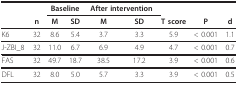
|  |  | <COLSPAN=2> Baseline | <COLSPAN=2> After intervention |  |  |  |
 |  | n | M | SD | M | SD | T score | P | d |
 | --- | --- | --- | --- | --- | --- | --- | --- | --- |
 | K6 | 32 | 8.6 | 5.4 | 3.7 | 3.3 | 5.9 | < 0.001 | 1.1 |
 | J-ZBI_8 | 32 | 11.0 | 6.7 | 6.9 | 4.9 | 4.7 | < 0.001 | 0.7 |
 | FAS | 32 | 49.7 | 18.7 | 38.5 | 17.2 | 3.9 | < 0.001 | 0.6 |
 | DFL | 32 | 8.0 | 5.0 | 5.7 | 3.3 | 3.9 | < 0.001 | 0.5 |